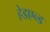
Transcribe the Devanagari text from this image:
हेडएन्ड